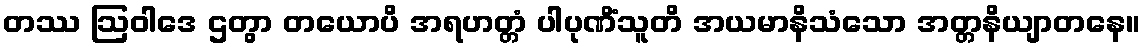
တဿ ဩဝါဒေ ဌတွာ တယောပိ အရဟတ္တံ ပါပုဏိံသူတိ အယမာနိသံသော အတ္တနိယျာတနေ။